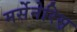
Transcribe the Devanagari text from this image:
मर्सेनेरिस़